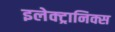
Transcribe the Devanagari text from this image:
इलेक्‍ट्रानिक्स